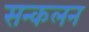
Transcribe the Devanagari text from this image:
सन्कलन